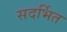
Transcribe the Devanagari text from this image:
सदर्भित